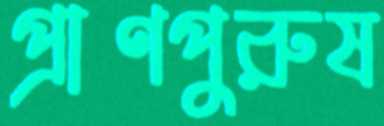
প্রাণপুরুষ